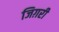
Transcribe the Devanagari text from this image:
जिग़री